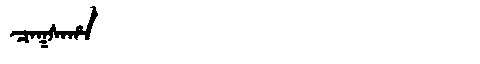
Manchu: ᠴᠠᡴᠰᠠᡥᠠ
Romanization: CAKSAHA